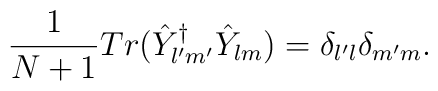
\frac{1}{N+1}Tr(\hat{Y}^{\dagger}_{l^{\prime}m^{\prime}}\hat{Y}_{lm})=\delta_{l^{\prime}l}\delta_{m^{\prime}m}.